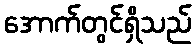
အောက်တွင်ရှိသည်